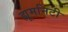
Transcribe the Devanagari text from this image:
ह्यूमनिटी